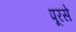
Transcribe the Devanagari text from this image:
पूरसे